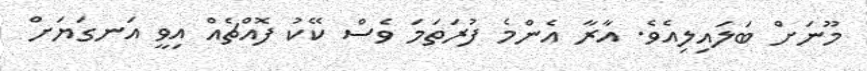
މޫނަށް ބަލައިލިއެވެ. އާރާ އެންމެ ފުރަތަމަ ވެސް ކޭކު ފޮއްޗެއް އިވީ އަނގަޔަށް